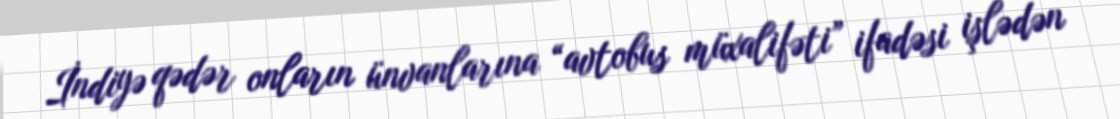
İndiyə qədər onların ünvanlarına “avtobus müxalifəti” ifadəsi işlədən